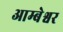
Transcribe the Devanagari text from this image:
आम्बेश्वर